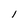
Character: I